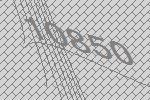
10850